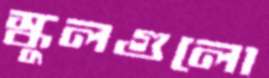
স্কুলগুলো